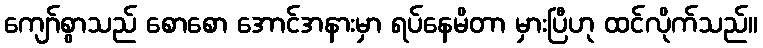
ကျော်စွာသည် စောစော အောင်အနားမှာ ရပ်နေမိတာ မှားပြီဟု ထင်လိုက်သည်။